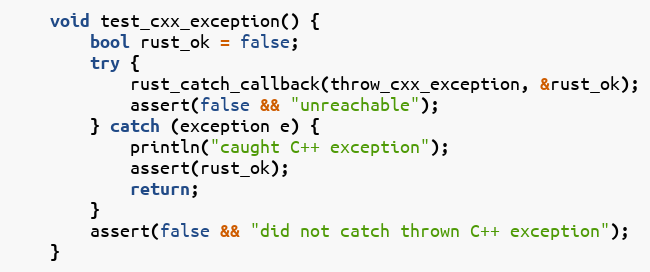
Language: C++
    void test_cxx_exception() {
        bool rust_ok = false;
        try {
            rust_catch_callback(throw_cxx_exception, &rust_ok);
            assert(false && "unreachable");
        } catch (exception e) {
            println("caught C++ exception");
            assert(rust_ok);
            return;
        }
        assert(false && "did not catch thrown C++ exception");
    }